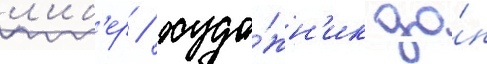
л'иб'ер / худо́жн'ик до́н